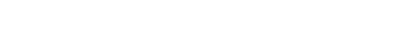
လွတ်ခြင်းငှာ။ အလံ ဧဝ၊ သင့်သည်သာလျှင်တည်း။ ဣတိ၊ ဤသို့။ (အဝေါစ၊